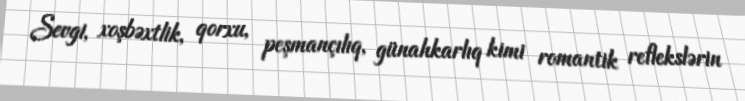
Sevgi, xoşbəxtlik, qorxu, peşmançılıq, günahkarlıq kimi romantik reflekslərin